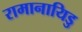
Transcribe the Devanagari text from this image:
रामानायिडु